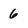
Character: 6